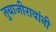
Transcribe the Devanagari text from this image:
तुबाजीरावांनी